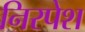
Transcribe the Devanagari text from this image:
निरपेश